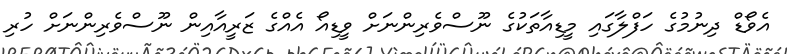
އެވޯޑް ދިނުމުގެ ހަފްލާގައި މީޑިއާތަކުގެ ނޫސްވެރިންނަށް ވީޑިއޯ އެއްގެ ޒަރީއާއިން ނޫސްވެރިންނަށް ހުރި